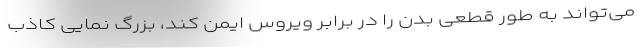
می‌تواند به طور قطعی بدن را در برابر ویروس ایمن کند، بزرگ نمایی کاذب